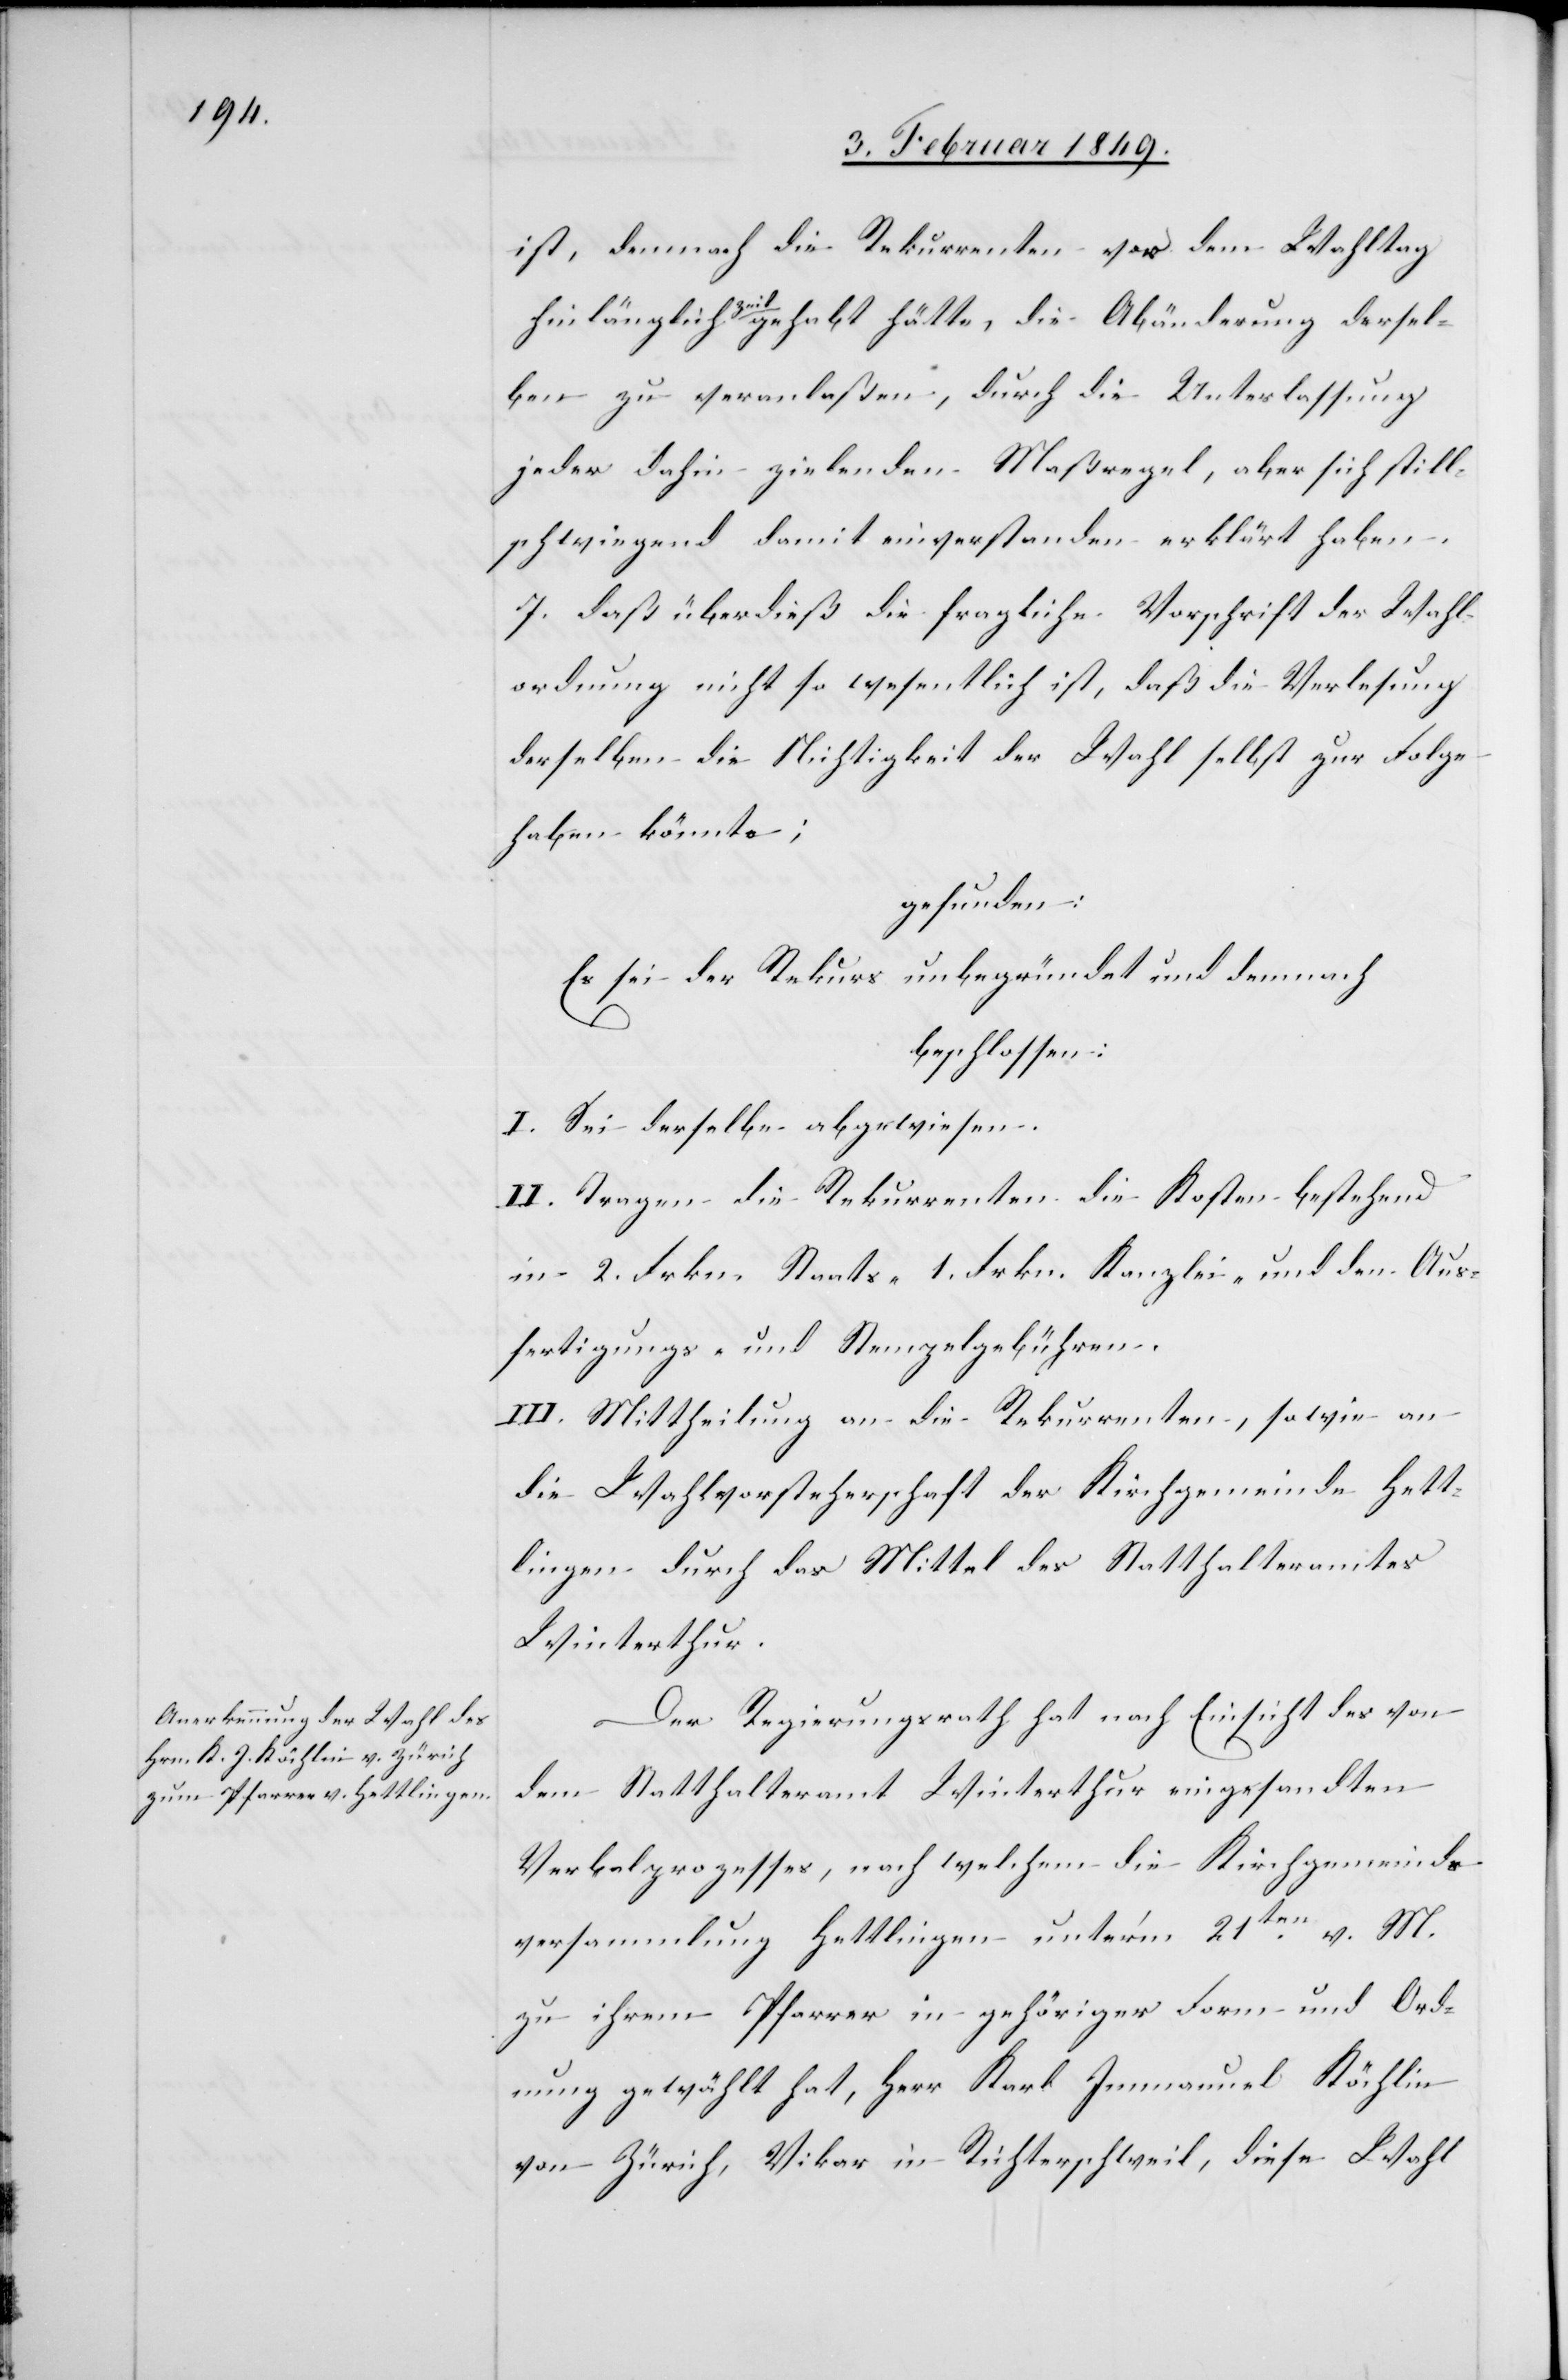
ist, demnach die Rekurrenten vor dem Wahltag
hinlänglich Zeit gehabt hätten, die Abänderung dersel¬
ben zu veranlaßen, durch die Unterlassung
jeder dahin zielenden Maßregel, aber sich still¬
schweigend damit einverstanden erklärt haben.
7. daß überdieß die fragliche Vorschrift der Wahl¬
ordnung nicht so wesentlich ist, daß die Verlesung
derselben die Nichtigkeit der Wahl selbst zur Folge
haben könnte;
gefunden:
Es sei der Rekurs unbegründet und demnach
beschlossen:
I. Sei derselbe abgewiesen.
II. Tragen die Rekurrenten die Kosten bestehend
in 2. Frkn. Staats- 1. Frkn. Kanzlei- und den Aus¬
fertigungs- und Stempelgebühren.
III. Mittheilung an die Rekurrenten, sowie an
die Wahlvorsteherschaft der Kirchgemeinde Hett¬
lingen durch das Mittel des Statthalteramtes
Winterthur.
Der Regierungsrath hat nach Einsicht des von
dem Statthalteramt Winterthur eingesandten
Verbalprozesses, nach welchem die Kirchgemeinds¬
versammlung Hettlingen unter’m 21ten. v.
zu ihrem Pfarrer in gehöriger Form und Ord¬
nung gewählt hat, Herr Karl Immanuel Köchlin
von Zürich, Vikar in Richterschweil, diese Wahl